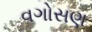
વગોસણ